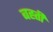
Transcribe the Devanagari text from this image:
बह्ती